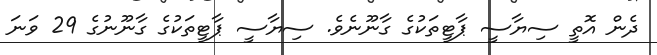
ދެން އޮތީ ސިޔާސީ ޕާޓީތަކުގެ ގާނޫނެވެ. ސިޔާސީ ޕާޓީތަކުގެ ގާނޫނުގެ 29 ވަނަ